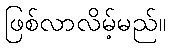
ဖြစ်လာလိမ့်မည်။